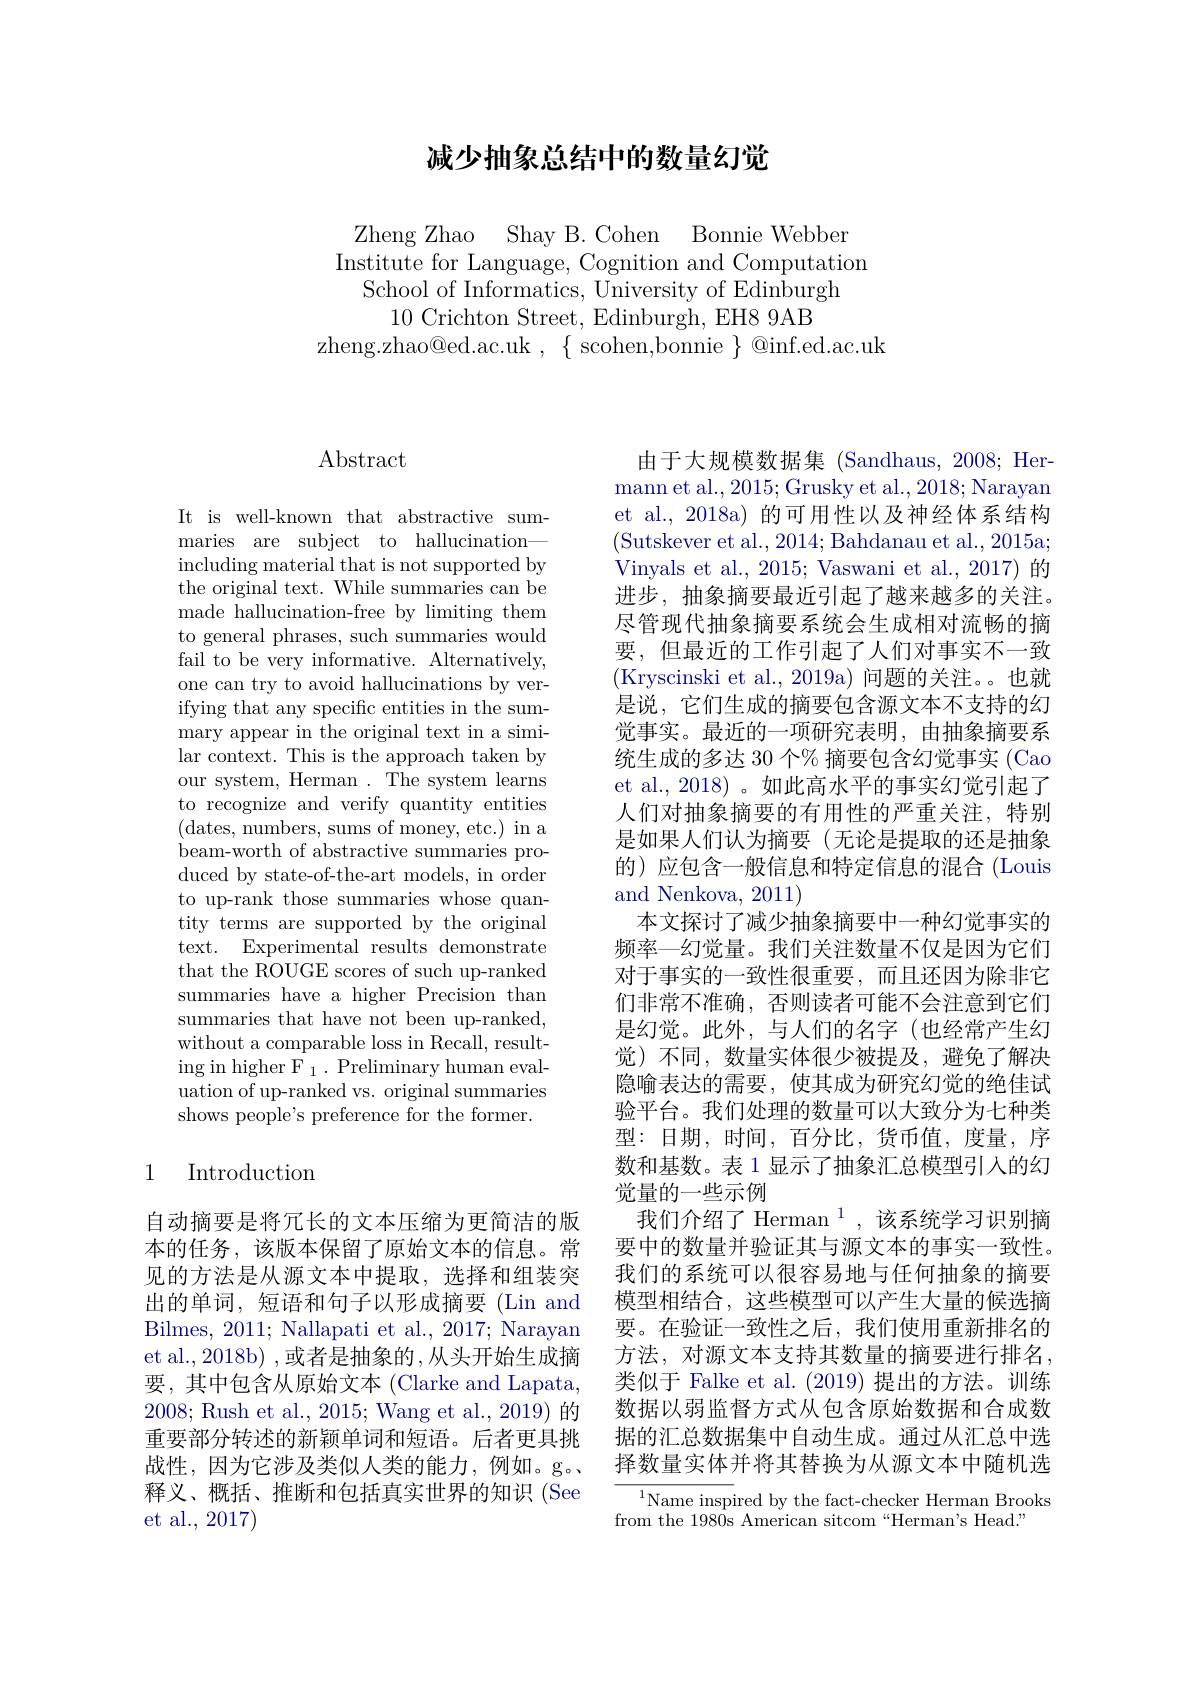
## 减少抽象总结中的数量幻觉

Zheng Zhao Shay B.Cohen Bonnie Webber
Institute for Language, Cognition and Computation
School of Informatics, University of Edinburgh
10 Crichton Street, Edinburgh, EH8 9AB
$zheng.zhao@ed.ac.uk,\{~scohen,bonnie~\}~@inf.ed.ac.uk$

# Abstract

It is well-known that abstractive summaries are subject to hallucination— including material that is not supported by the original text. While summaries can be made hallucination-free by limiting them to general phrases, such summaries would fail to be very informative. Alternatively, one can try to avoid hallucinations by verifying that any specific entities in the summary appear in the original text in a similar context. This is the approach taken by our system, Herman . The system learns to recognize and verify quantity entities (dates, numbers, sums of money, etc.) in a beam-worth of abstractive summaries produced by state-of-the-art models, in order to up-rank those summaries whose quantity terms are supported by the original text. Experimental results demonstrate that the ROUGE scores of such up-ranked summaries have a higher Precision than summaries that have not been up-ranked, without a comparable loss in Recall, result- $\operatorname{ing}$in higher F $_1.$ Preliminary human evaluation of up-ranked vs. original summaries shows people's preference for the former.

## 1 Introduction

自动摘要是将冗长的文本压缩为更简洁的版本的任务，该版本保留了原始文本的信息。常见的方法是从源文本中提取，选择和组装突出的单词，短语和句子以形成摘要(Lin and Bilmes, 2011; Nallapati et al., 2017; Narayan et al., 2018b) , 或者是抽象的 ,从头开始生成摘要，其中包含从原始文本 (Clarke and Lapata, 2008; Rush et al., 2015; Wang et al., 2019) 的重要部分转述的新颖单词和短语。后者更具挑战性，因为它涉及类似人类的能力，例如。g。释义、概括、推断和包括真实世界的知识 (See et al., 2017)

由于大规模数据集 (Sandhaus, 2008; Her- ${\text{mann et al.,2015; Grusky et al.,2018; Narayan}}$ et al., 2018a) 的可用性以及神经体系结构(Sutskever et al.,2014;Bahdanau et al.,2015a; Vinyals et al., 2015; Vaswani et al., 2017) 的进步，抽象摘要最近引起了越来越多的关注。尽管现代抽象摘要系统会生成相对流畅的摘要，但最近的工作引起了人们对事实不一致(Kryscinski et al., 2019a) 问题的关注。。也就是说，它们生成的摘要包含源文本不支持的幻觉事实。最近的一项研究表明，由抽象摘要系统生成的多达 30 个% 摘要包含幻觉事实 (Cao et al.,2018)。如此高水平的事实幻觉引起了人们对抽象摘要的有用性的严重关注，特别是如果人们认为摘要(无论是提取的还是抽象的)应包含一般信息和特定信息的混合(Louis and Nenkova, 2011)
本文探讨了减少抽象摘要中一种幻觉事实的频率—幻觉量。我们关注数量不仅是因为它们对于事实的一致性很重要，而且还因为除非它们非常不准确，否则读者可能不会注意到它们是幻觉。此外，与人们的名字(也经常产生幻觉)不同，数量实体很少被提及，避免了解决隐喻表达的需要，使其成为研究幻觉的绝佳试验平台。我们处理的数量可以大致分为七种类型：日期，时间，百分比，货币值，度量，序数和基数。表 1 显示了抽象汇总模型引入的幻觉量的一些示例
我们介绍了 Herman $^{1}$ ,该系统学习识别摘要中的数量并验证其与源文本的事实一致性。我们的系统可以很容易地与任何抽象的摘要模型相结合，这些模型可以产生大量的候选摘要。在验证一致性之后，我们使用重新排名的方法，对源文本支持其数量的摘要进行排名， 类似于 Falke et al. (2019)提出的方法。训练数据以弱监督方式从包含原始数据和合成数据的汇总数据集中自动生成。通过从汇总中选择数量实体并将其替换为从源文本中随机选
$^{1}$Name inspired by the fact-checker Herman Brooks

from the 1980s American sitcom“Herman's Head.”